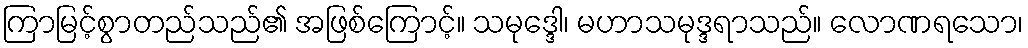
ကြာမြင့်စွာတည်သည်၏ အဖြစ်ကြောင့်။ သမုဒ္ဒေါ၊ မဟာသမုဒ္ဒရာသည်။ လောဏရသော၊